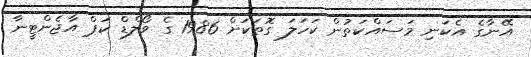
އޭނާގެ އެކަނި މަސައްކަތުން ކަހަލަ ގޮތަކަށް 1986 ގެ ވޯލްޑް ކަޕް އާޖެންޓީނާ